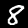
Label: 8